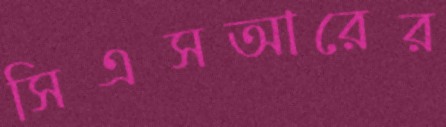
সিএসআরের